Indian journal of veterinary science and animal husbandry - Volume 6,
Year: 1936
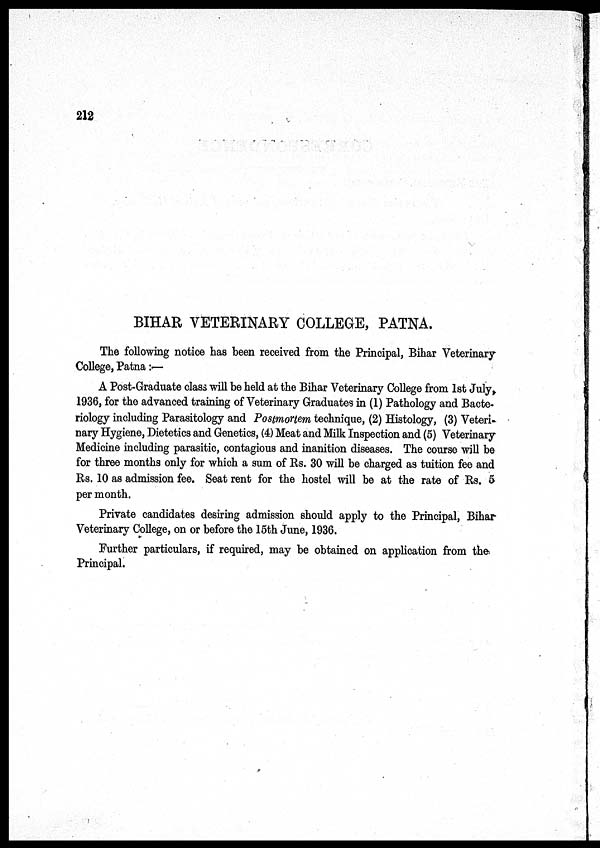
212
BIHAR VETERINARY COLLEGE, PATNA.
The following notice has been received from the Principal, Bihar Veterinary
College, Patna :—
A Post-Graduate class will be held at the Bihar Veterinary College from 1st July,
1936, for the advanced training of Veterinary Graduates in (1) Pathology and Bacte-
riology including Parasitology and Postmortem technique, (2) Histology, (3) Veteri-
nary Hygiene, Dietetics and Genetics, (4) Meat and Milk Inspection and (5) Veterinary
Medicine including parasitic, contagious and inanition diseases. The course will be
for three months only for which a sum of Rs. 30 will be charged as tuition fee and
Rs. 10 as admission fee. Seat rent for the hostel will be at the rate of Rs. 5
per month.
Private candidates desiring admission should apply to the Principal, Bihar
Veterinary College, on or before the 15th June, 1936.
Further particulars, if required, may be obtained on application from the
Principal.